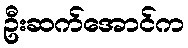
ဦးဆက်အောင်က